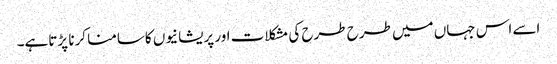
اسے اس جہاں میں طرح طرح کی مشکلات اور پریشانیوں کاسامنا کرنا پڑتاہے۔